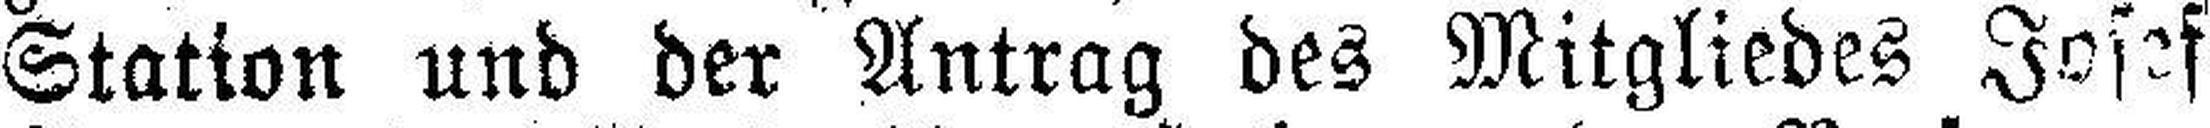
Station und der Antrag des Mitgliedes Josef